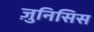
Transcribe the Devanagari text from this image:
ज़ुनिसिस